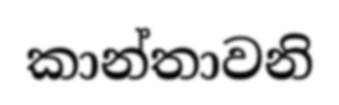
කාන්තාවනි